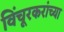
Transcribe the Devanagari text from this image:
विंचूरकरांच्या